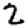
Digit: 2